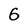
Character: 6